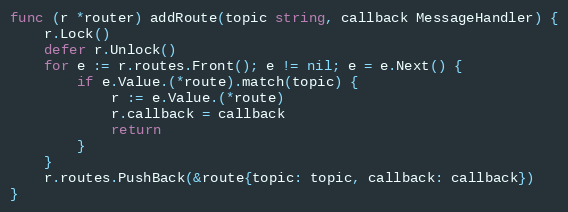
Language: Go
func (r *router) addRoute(topic string, callback MessageHandler) {
	r.Lock()
	defer r.Unlock()
	for e := r.routes.Front(); e != nil; e = e.Next() {
		if e.Value.(*route).match(topic) {
			r := e.Value.(*route)
			r.callback = callback
			return
		}
	}
	r.routes.PushBack(&route{topic: topic, callback: callback})
}